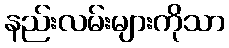
နည်းလမ်းများကိုသာ